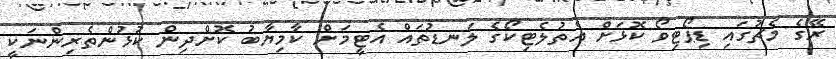
ރޭގެ މެޗުގައި ޑިޕޯޓިވޯ ކޮޅަށް އެތުލެޓިކޯގެ ލަނޑުތައް އެޓީމަށް ކާމިޔާބު ކޮށްދިން ކުޅުންތެރިންނަކީ